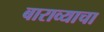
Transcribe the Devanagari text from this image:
बाराव्याचा